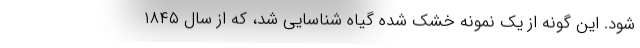
شود. این گونه از یک نمونه خشک شده گیاه شناسایی شد، که از سال ۱۸۴۵